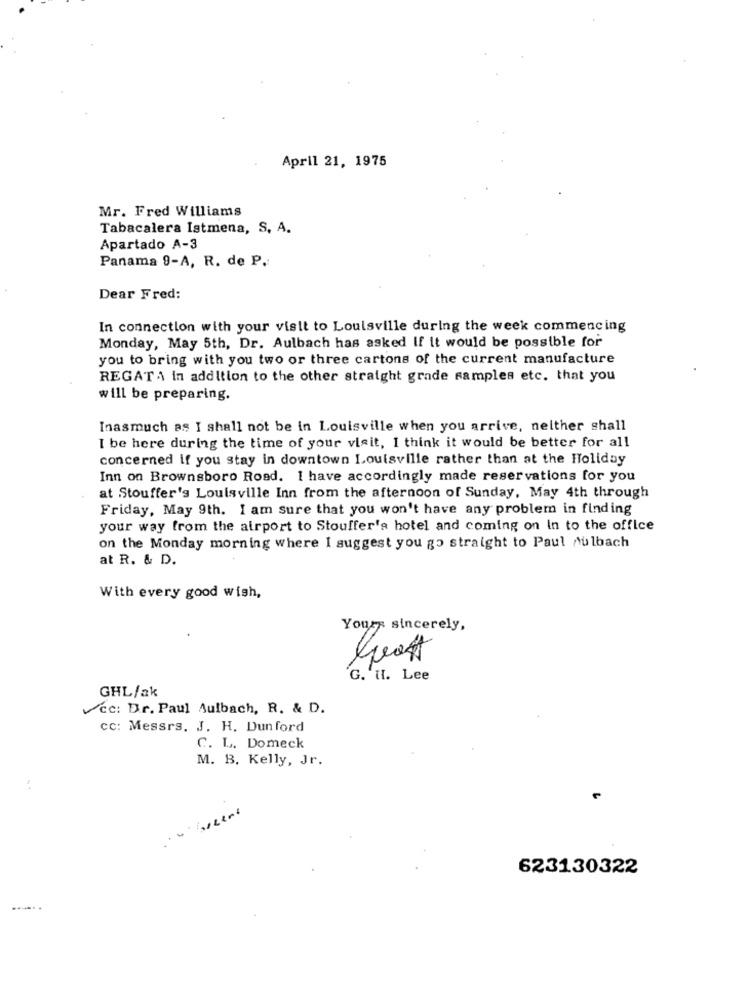
April 21, 1975
Mr. Fred Williams
Tabacalera Istmena, S. A.
Apartado A-3
Panama 9-A, R. de P.
Dear Fred:
In connection with your visit to Louisville during the week commencing
Monday, May 5th, Dr. Aulbach has asked If it would be possible for
you to bring with you two or three cartons of the current manufacture
REGATA in addition to the other straight grade samples etc. that you
will be preparing.
Inasmuch as I shall not be in Louisville when you arrive, neither shall
I be here during the time of your visit, I think it would be better for all
concerned if you stay in downtown Louisville rather than at the Holiday
Inn on Brownsboro Road. I have accordingly made reservations for you
at Stouffer's Louisville Inn from the afternoon of Sunday, May 4th through
Friday, May 9th. I am sure that you won't have any problem in finding
your way from the airport to Stouffer's hotel and coming on In to the office
on the Monday morning where I suggest you go straight to Paul nulbach
at R. & D.
With every good wish,
Yours sincerely,
G. u. Lee
GHL/ak
cc: Dr. Paul Aulbach, R. & D.
cc: Messrs. J. H. Dunford
C. L. Domeck
M. B. Kelly, Jr.
:
623130322